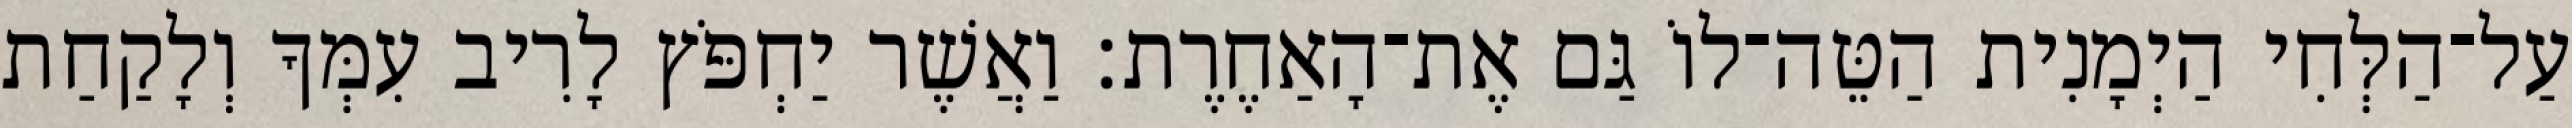
עַל־הַלְּחִי הַיְמָנִית הַטֵּה־לוֹ גַּם אֶת־הָאַחֶרֶת׃ וַאֲשֶׁר יַחְפֹּץ לָרִיב עִמְּךָ וְלָקַחַת